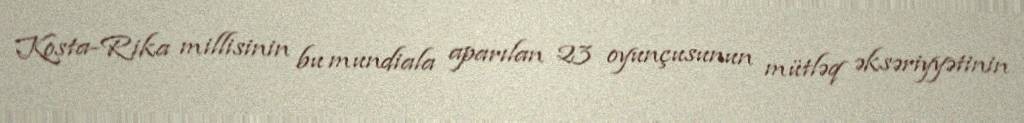
Kosta-Rika millisinin bu mundiala aparılan 23 oyunçusunun mütləq əksəriyyətinin